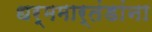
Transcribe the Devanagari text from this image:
धर्ममार्तंडांना